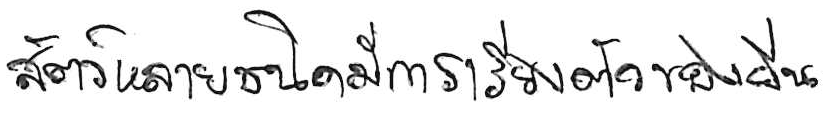
สัตว์หลายชนิดมีการเรียงตัวของยีน